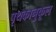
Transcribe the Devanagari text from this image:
पृथकानुकूल